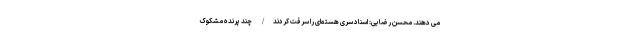
می دهند. محسن رضایی: اسناد سری هسته‌ای را سرقت کردند/ چند پرنده مشکوک